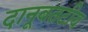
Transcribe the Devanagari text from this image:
दानूबतटीय